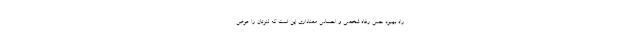
راه بهبودِ حس رفاه شخصی و احساسِ معناداری این است که لنزتان را عوض